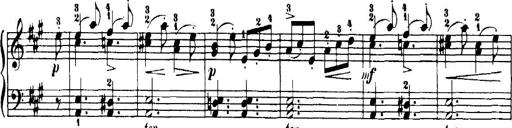
Title: 7 Sonatinas
Composer: Anton Diabelli